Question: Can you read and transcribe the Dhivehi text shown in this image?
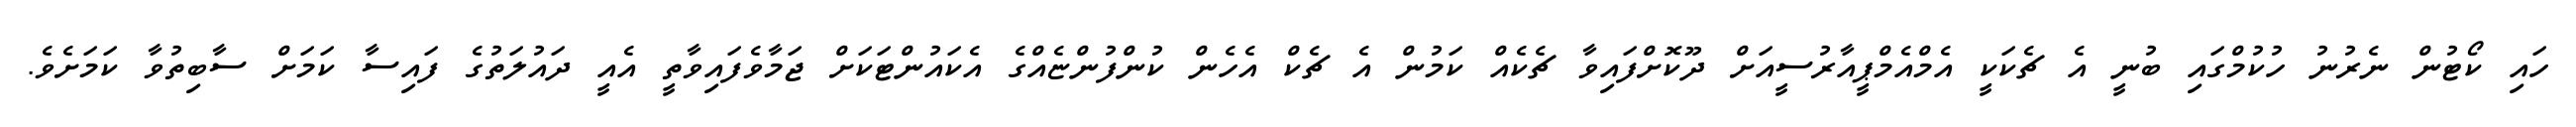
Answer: ހައި ކޯޓުން ނެރުނު ހުކުމްގައި ބުނީ އެ ޗެކަކީ އެމްއެމްޕީއާރުސީއަށް ދޫކޮށްފައިވާ ޗެކެއް ކަމުން އެ ޗެކް އެހެން ކުންފުންޏެއްގެ އެކައުންޓަކަށް ޖަމާވެފައިވާތީ އެއީ ދައުލަތުގެ ފައިސާ ކަމަށް ސާބިތުވާ ކަމަށެވެ.